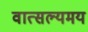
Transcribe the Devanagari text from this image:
वात्सल्यमय